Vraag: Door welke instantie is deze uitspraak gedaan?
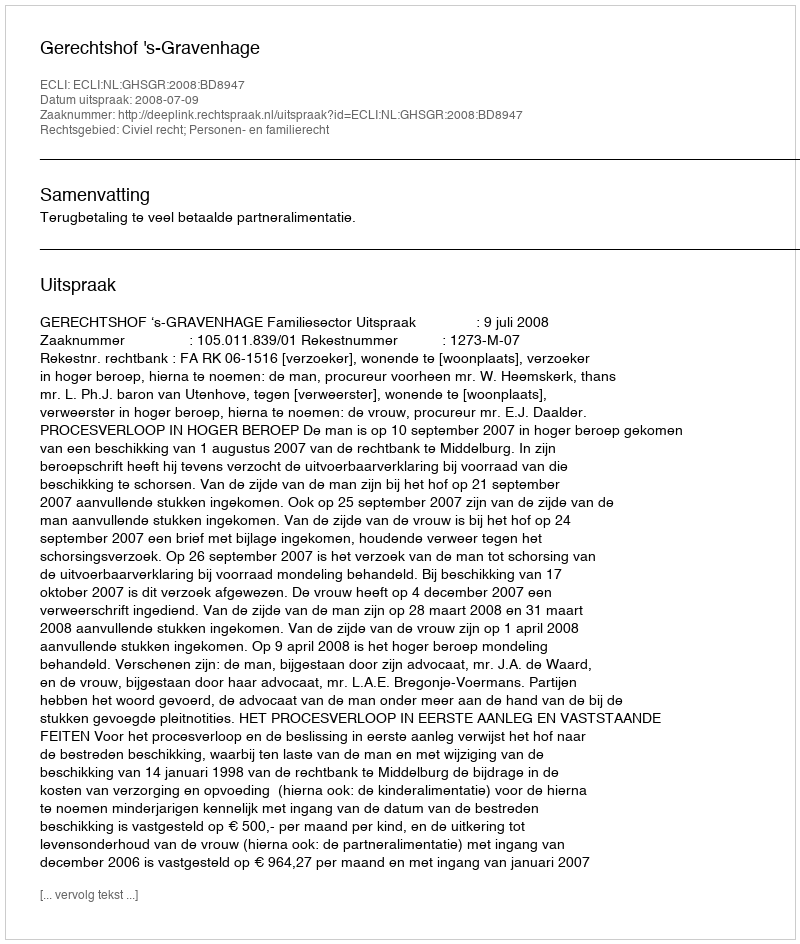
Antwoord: Gerechtshof 's-Gravenhage